Document type: Sale
Year: 1435
Scribe: Pere Soler
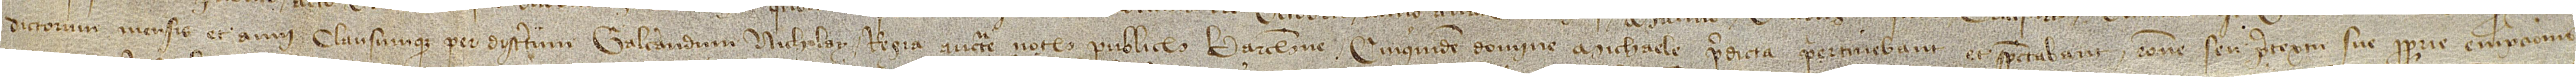
dictorum mensis et anni, clausumque per discretum Galcerandum Nicholay, regia auctoritate notarium publicum Barchinone; cuiquidem domine Michaele predicta pertinebant et spectabant ratione seu pretextu sue proprie empcionis